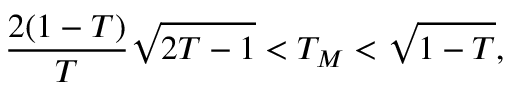
\frac { 2 ( 1 - T ) } { T } \sqrt { 2 T - 1 } < T _ { M } < \sqrt { 1 - T } ,